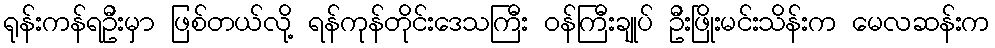
ရုန်းကန်ရဦးမှာ ဖြစ်တယ်လို့ ရန်ကုန်တိုင်းဒေသကြီး ဝန်ကြီးချုပ် ဦးဖြိုးမင်းသိန်းက မေလဆန်းက